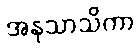
အနုသာသိကာ